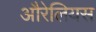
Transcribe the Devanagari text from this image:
औरेलियस